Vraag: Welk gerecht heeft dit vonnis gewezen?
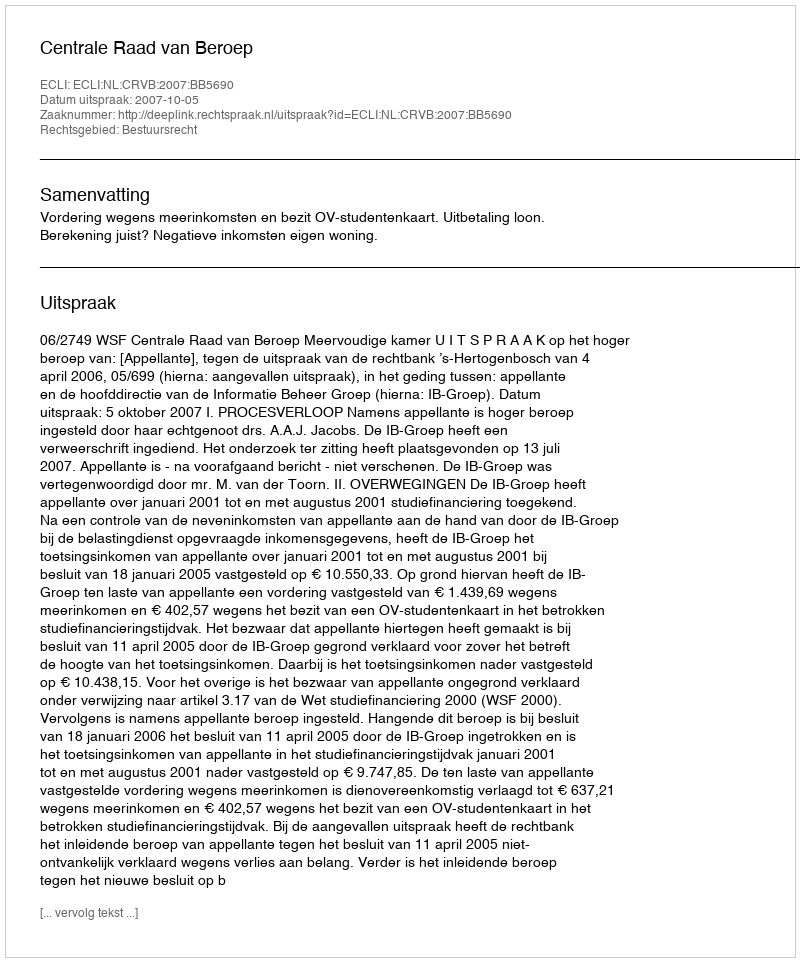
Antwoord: Centrale Raad van Beroep